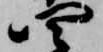
四